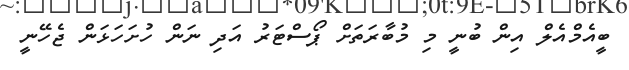
ބީއެމްއެލް އިން ބުނީ މި މުބާރަތަށް ޕޯސްޓަރު އަދި ނަން ހުށަހަޅަން ޖެހޭނީ